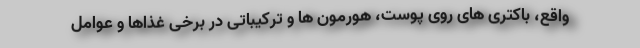
واقع، باکتری های روی پوست، هورمون ها و ترکیباتی در برخی غذاها و عوامل